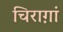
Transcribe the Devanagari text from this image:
चिराग़ां